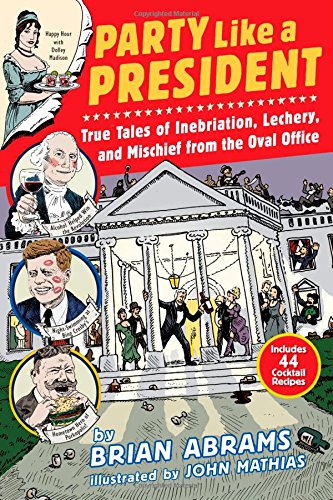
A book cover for Party Like a President: True Tales of Inebriation, Lechery, and Mischief From the Oval Office; Brian Abrams; Cookbooks, Food & Wine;